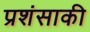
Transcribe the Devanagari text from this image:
प्रशंसाकी